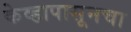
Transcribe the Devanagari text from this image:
केव्हापासूनचा